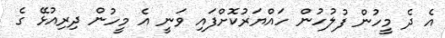
އެ ދެ މީހުން ފުލުހުން ހައްޔަރުކޮށްފައި ވަނީ އެ މީހުން ދިރިއުޅޭ ގެ